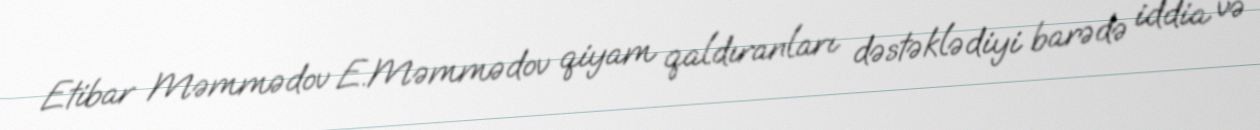
Etibar Məmmədov E.Məmmədov qiyam qaldıranları dəstəklədiyi barədə iddia və